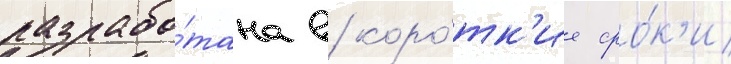
разрабо́тана в коро́тк'ие сро́к'и